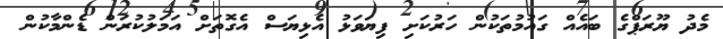
މެދު ޔޫރަޕްގެ ބައެއް ގައުމުތަކުން ހަރުކަށި ފިޔަވަޅު އެޅިޔަސް އެގޮތަށް އަމަލުކުރަން ޑެންމާކުން